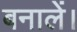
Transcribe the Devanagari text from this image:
बनालें।